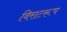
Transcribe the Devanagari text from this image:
विराटरूप